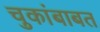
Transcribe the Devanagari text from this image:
चुकांबाबत